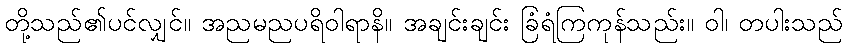
တို့သည်၏ပင်လျှင်။ အညမညပရိဝါရာနိ။ အချင်းချင်း ခြံရံကြကုန်သည်း။ ဝါ၊ တပါးသည်